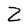
Character: Z